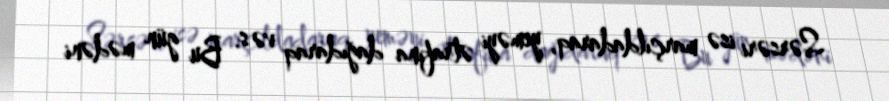
Sərsəri isə marçıldadaraq, yeməyi ətrafına dağıdaraq və s. Bu gün mədəni